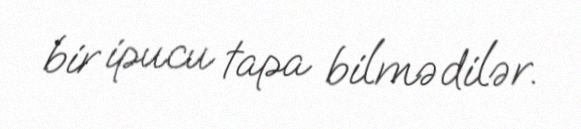
bir ipucu tapa bilmədilər.